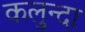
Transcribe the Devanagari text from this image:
कलुन्दा